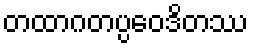
တထာဂတပ္ပဝေဒိတဿ